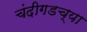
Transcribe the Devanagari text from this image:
चंदीगडच्या